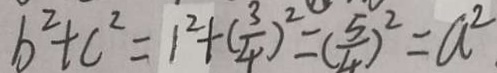
b ^ { 2 } + c ^ { 2 } = 1 ^ { 2 } + ( \frac { 3 } { 4 } ) ^ { 2 } = ( \frac { 5 } { 4 } ) ^ { 2 } = a ^ { 2 }